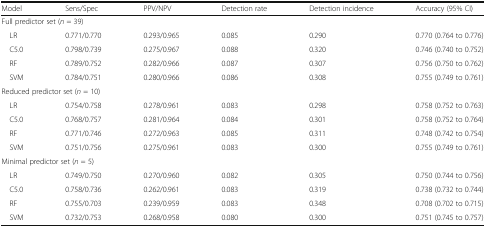
<table><thead><tr><td><b>Model</b></td><td><b>Sens/Spec</b></td><td><b>PPV/NPV</b></td><td><b>Detection rate</b></td><td><b>Detection incidence</b></td><td><b>Accuracy (95% CI)</b></td></tr></thead><tbody><tr><td colspan="6">Full predictor set (<i>n</i> = 39) </td></tr><tr><td> LR</td><td>0.771/0.770</td><td>0.293/0.965</td><td>0.085</td><td>0.290</td><td>0.770 (0.764 to 0.776)</td></tr><tr><td> C5.0</td><td>0.798/0.739</td><td>0.275/0.967</td><td>0.088</td><td>0.320</td><td>0.746 (0.740 to 0.752)</td></tr><tr><td> RF</td><td>0.789/0.752</td><td>0.282/0.966</td><td>0.087</td><td>0.307</td><td>0.756 (0.750 to 0.762)</td></tr><tr><td> SVM</td><td>0.784/0.751</td><td>0.280/0.966</td><td>0.086</td><td>0.308</td><td>0.755 (0.749 to 0.761)</td></tr><tr><td colspan="6">Reduced predictor set (<i>n</i> = 10)</td></tr><tr><td> LR</td><td>0.754/0.758</td><td>0.278/0.961</td><td>0.083</td><td>0.298</td><td>0.758 (0.752 to 0.763)</td></tr><tr><td> C5.0</td><td>0.768/0.757</td><td>0.281/0.964</td><td>0.084</td><td>0.301</td><td>0.758 (0.752 to 0.764)</td></tr><tr><td> RF</td><td>0.771/0.746</td><td>0.272/0.963</td><td>0.085</td><td>0.311</td><td>0.748 (0.742 to 0.754)</td></tr><tr><td> SVM</td><td>0.751/0.756</td><td>0.275/0.961</td><td>0.083</td><td>0.300</td><td>0.755 (0.749 to 0.761)</td></tr><tr><td colspan="6">Minimal predictor set (<i>n</i> = 5)</td></tr><tr><td> LR</td><td>0.749/0.750</td><td>0.270/0.960</td><td>0.082</td><td>0.305</td><td>0.750 (0.744 to 0.756)</td></tr><tr><td> C5.0</td><td>0.758/0.736</td><td>0.262/0.961</td><td>0.083</td><td>0.319</td><td>0.738 (0.732 to 0.744)</td></tr><tr><td> RF</td><td>0.755/0.703</td><td>0.239/0.959</td><td>0.083</td><td>0.348</td><td>0.708 (0.702 to 0.715)</td></tr><tr><td> SVM</td><td>0.732/0.753</td><td>0.268/0.958</td><td>0.080</td><td>0.300</td><td>0.751 (0.745 to 0.757)</td></tr></tbody></table>